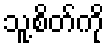
သူ့စိတ်ကို